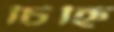
চিহ্নি